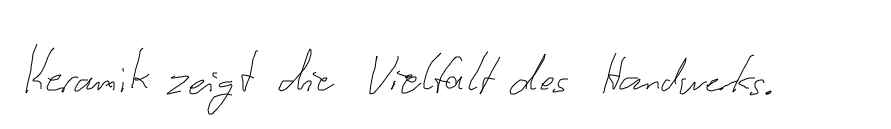
Keramik zeigt die Vielfalt des Handwerks.